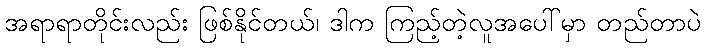
အရာရာတိုင်းလည်း ဖြစ်နိုင်တယ်၊ ဒါက ကြည့်တဲ့လူအပေါ်မှာ တည်တာပဲ